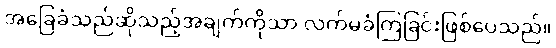
အခြေခံသည်ဆိုသည့်အချက်ကိုသာ လက်မခံကြခြင်းဖြစ်ပေသည်။